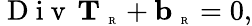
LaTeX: \mathrm{~D~i~v~}\, {\mathbf T}_{\mathrm{~\tiny~R~}}+{\mathbf b}_{\mathrm{~\tiny~R~}}=0,